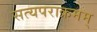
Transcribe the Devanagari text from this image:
सत्यपराक्रमम्